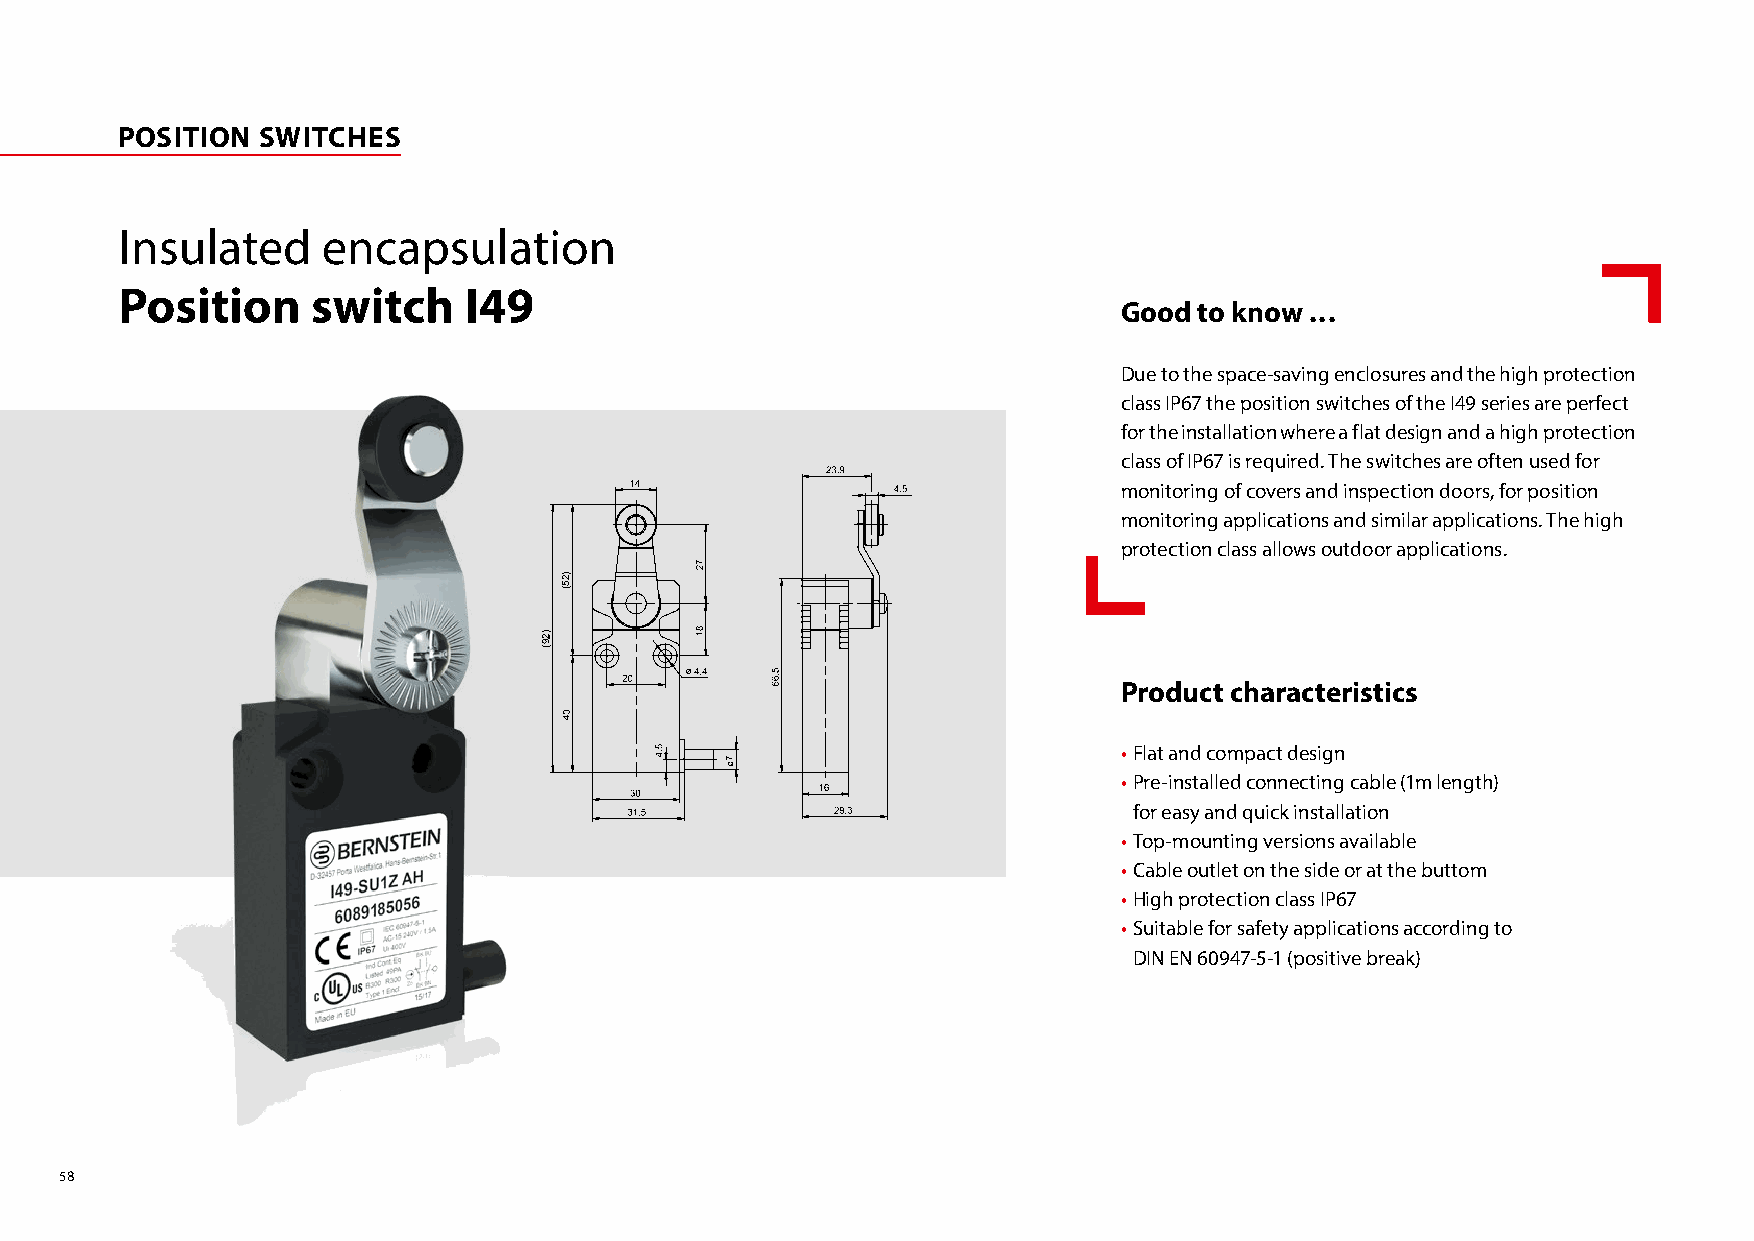
POSITION SWITCHES
 Insulated    encapsulation
 Position     switch    I49
 Good to know ...
 Due to the space-saving enclosures and the high protection
 class IP67 the position switches of the I49 series are perfect
 for the installation where a flat design and a high protection
 class of IP67 is required. The switches are often used for
 monitoring of covers and inspection doors, for position
 monitoring applications and similar applications. The high
 protection class allows outdoor applications.
 Product characteristics
 • Flat and compact design
 • Pre-installed connecting cable (1m length)
 for easy and quick installation
 • Top-mounting versions available
 • Cable outlet on the side or at the buttom
 • High protection class IP67
 • Suitable for safety applications according to
 DIN EN 60947-5-1 (positive break)
 58
 )29(
 )25(
 )2.06(
 )851
 ...
 88(
 )811
 ...
 84(
 )2.47(
 )971
 xam(
 )7.361(